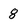
Character: 8